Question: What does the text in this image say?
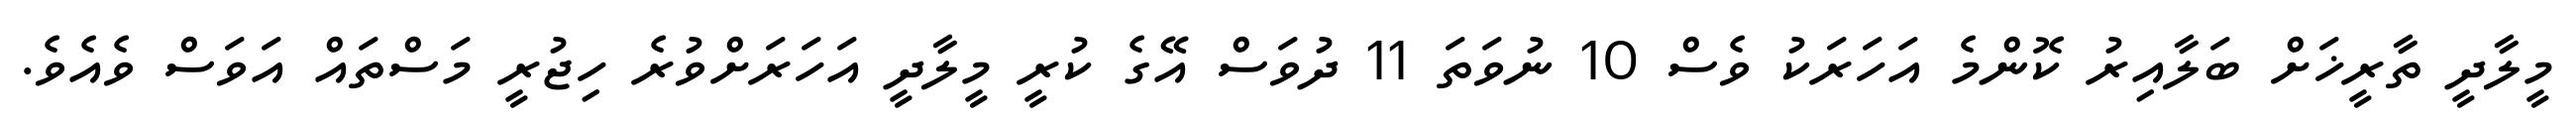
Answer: މީލާދީ ތާރީޚަށް ބަލާއިރު ކޮންމެ އަހަރަކު ވެސް 10 ނުވަތަ 11 ދުވަސް އޭގެ ކުރީ މީލާދީ އަހަރަށްވުރެ ހިޖުރީ މަސްތައް އަވަސް ވެއެވެ.